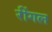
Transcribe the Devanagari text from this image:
रींगल